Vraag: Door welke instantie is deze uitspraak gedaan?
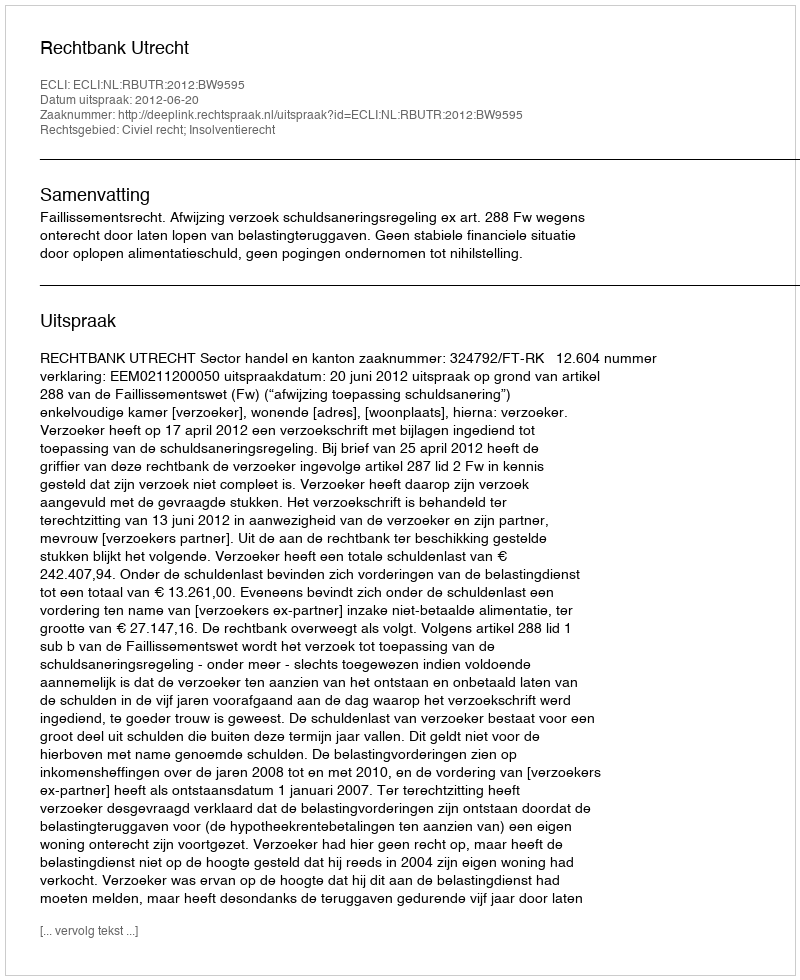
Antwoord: Rechtbank Utrecht